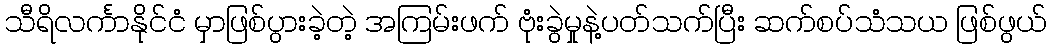
သီရိလင်္ကာနိုင်ငံ မှာဖြစ်ပွားခဲ့တဲ့ အကြမ်းဖက် ဗုံးခွဲမှုနဲ့ပတ်သက်ပြီး ဆက်စပ်သံသယ ဖြစ်ဖွယ်